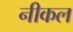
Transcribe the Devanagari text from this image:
नीकल